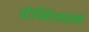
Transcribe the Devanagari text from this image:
पेन्दिलतन